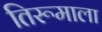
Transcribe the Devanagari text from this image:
तिरूमाला